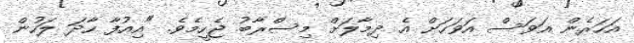
އަހަރެން އަވަސް އަވަހަށް އެ ދިމާލަށް މިސްރާބު ޖެހީމެވެ. "އިއުފާ ހާދަ ލަހުން